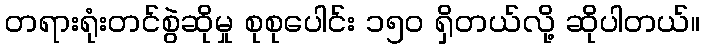
တရားရုံးတင်စွဲဆိုမှု စုစုပေါင်း ၁၅ဝ ရှိတယ်လို့ ဆိုပါတယ်။